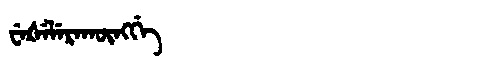
Manchu: ᠸᡝᡧᡝᠯᡝᡵᠠᡴᡡᠩᡤᡝ
Romanization: WEŠELERAKŪNGGE